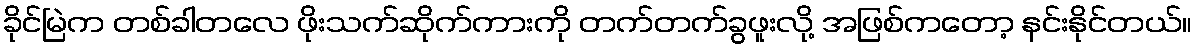
ခိုင်မြဲက တစ်ခါတလေ ဖိုးသက်ဆိုက်ကားကို တက်တက်ခွဖူးလို့ အဖြစ်ကတော့ နင်းနိုင်တယ်။